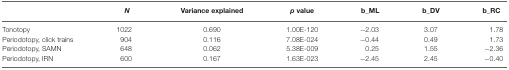
|  | N | Variance explained | p value | b_ML | b_DV | b_RC |
 | --- | --- | --- | --- | --- | --- | --- |
 | Tonotopy | 1022 | 0.690 | 1.00E-120 | −2.03 | 3.07 | 1.78 |
 | Periodotopy, click trains | 904 | 0.116 | 7.08E-024 | −0.44 | 0.49 | 1.73 |
 | Periodotopy, SAMN | 648 | 0.062 | 5.38E-009 | 0.25 | 1.55 | −2.36 |
 | Periodotopy, IRN | 600 | 0.167 | 1.63E-023 | −2.45 | 2.45 | −0.40 |